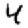
Digit: 4